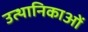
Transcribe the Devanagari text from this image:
उत्थानिकाओं